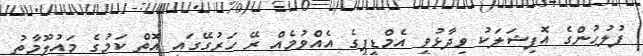
ފުލުހުންގެ އޮފިޝަލަކު ވިދާޅުވީ އެމްޑީޕީގެ އެއްވުމެއް ރޭ ހަރުގޭގައި އޮތް ކަމުގެ މައުލޫމާތު